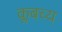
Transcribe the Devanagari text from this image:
क्लबच्य